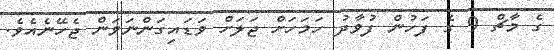
ގެ މާޗް 9 ގެ ފަހުން ފުވާދު ހަމަހަށް ޖަލަށް ވަޑައިގަންނަވަން ޖެހޭނެއެވެ.